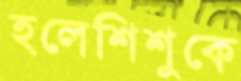
হলেশিশুকে